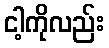
ငါ့ကိုလည်း